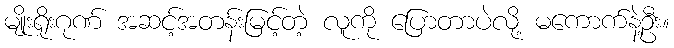
မျိုးရိုးဂုဏ် အဆင့်အတန်းမြင့်တဲ့ လူကို ပြောတာပဲလို့ မကောက်နဲ့ဦး။